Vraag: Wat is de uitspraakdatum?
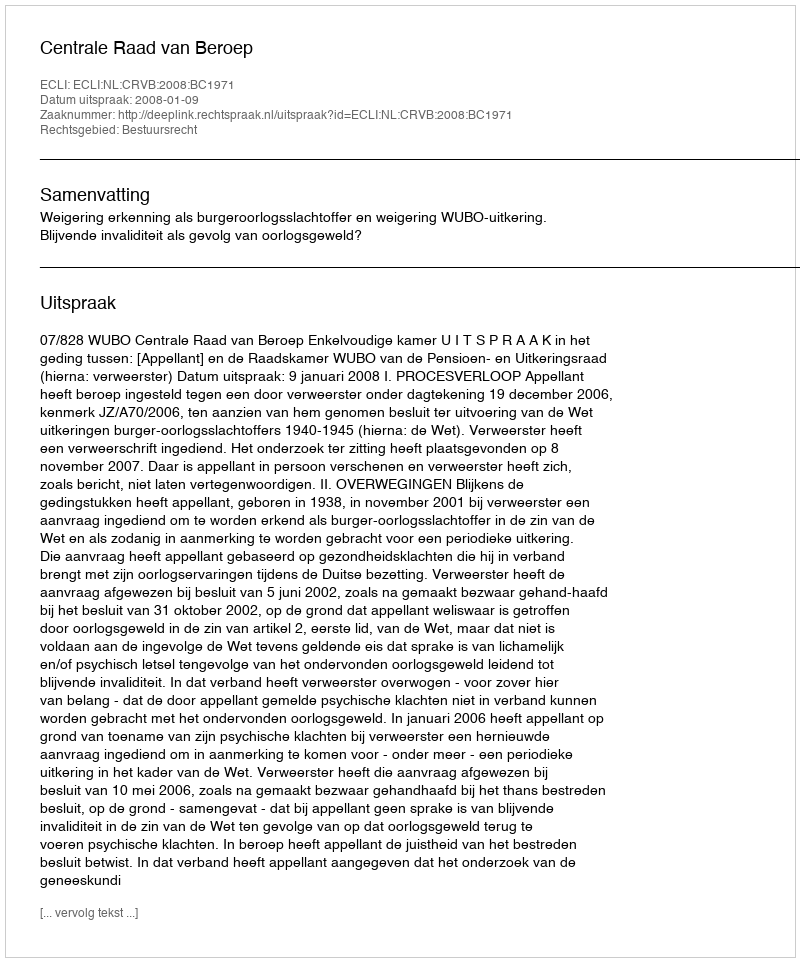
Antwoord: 2008-01-09